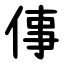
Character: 倳